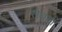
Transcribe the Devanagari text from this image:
सेबर।